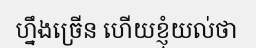
ហ្នឹងច្រើន ហើយខ្ញុំយល់ថា